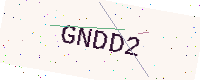
Text: GNDD2